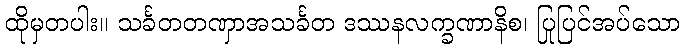
ထိုမှတပါး။ သင်္ခတတဏှာအသင်္ခတ ဒဿနလက္ခဏာနိစ၊ ပြုပြင်အပ်သော